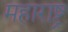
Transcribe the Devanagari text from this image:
महाराष्ट्र